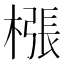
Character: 㯑